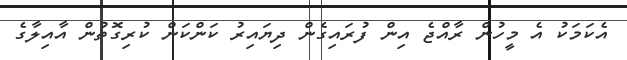
އެކަމަކު އެ މީހުން ރާއްޖެ އިން ފުރައިގެން ދިޔައިރު ކަންކަން ކުރިގޮތުން އާއިލާގެ